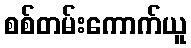
စစ်တမ်းကောက်ယူ